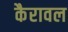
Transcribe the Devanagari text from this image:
कैरावल